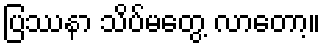
ပြဿနာ သိပ်မတွေ့ လာတော့။